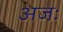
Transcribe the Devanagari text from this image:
अजः